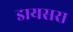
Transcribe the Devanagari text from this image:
डायसरा